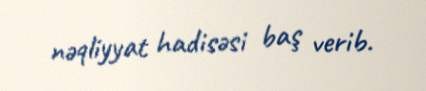
nəqliyyat hadisəsi baş verib.